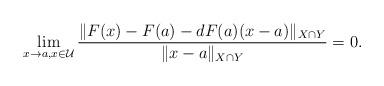
LaTeX: \begin{align*} \lim_{x\to a,x\in\mathcal{U}}\frac{\|F(x)-F(a)-dF(a)(x-a)\|_{X\cap Y}}{\|x-a\|_{X\cap Y}}=0.\end{align*}